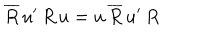
\overline { { { R } } } \, u ^ { \prime } \, R \, u = u \, \overline { { { R } } } \, u ^ { \prime } \, R